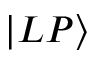
\vert L P \rangle